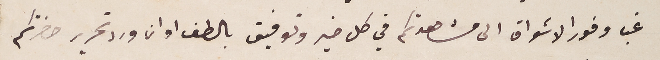
غب وفور الاشواق الى مشاهدتكم في كل خير وتوفيق بالطف اوان ورد تحرير حضرتكم